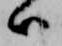
ハ